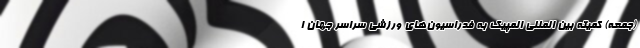
(جمعه) کمیته بین المللی المپیک به فدراسیون‌های ورزشی سراسر جهان ا